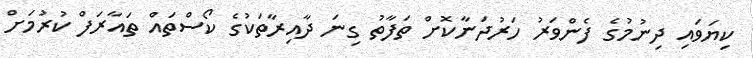
ކިޔަވައި ދިނުމުގެ ފެންވަރު ހަރުދަނާކޮށް ތަފާތު ގިނަ ދާއިރާތަކުގެ ކޯސްތައް ތައާރަފް ކުރުމަށް